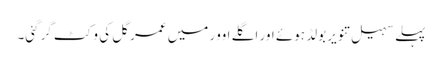
پہلے سہیل تنویر بولڈ ہوئے اور اگلے اوور میں عمر گل کی وکٹ گرگئی۔